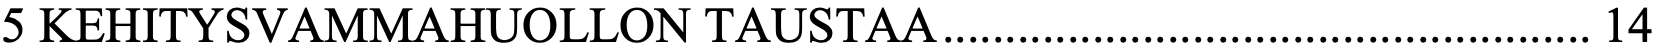
5 KEHITYSVAMMAHUOLLON  TAUSTAA .................................................... 14